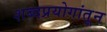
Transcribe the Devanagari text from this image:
शब्दप्रयोगांतून